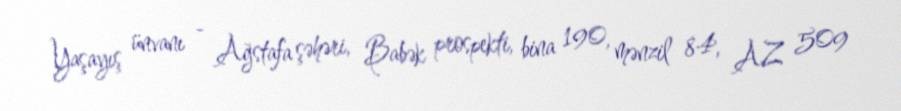
Yaşayış ünvanı - Ağstafa şəhəri, Babək prospekti, bina 190, mənzil 84, AZ 509